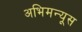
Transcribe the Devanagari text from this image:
अभिमन्यूस